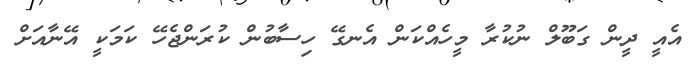
އެއީ ދީން ގަބޫލް ނުކުރާ މީހެއްކަން އެނގޭ ހިސާބުން ކުރަންޖެހޭ ކަމަކީ އޭނާއަށް